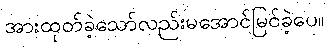
အားထုတ်ခဲ့သော်လည်းမအောင်မြင်ခဲ့ပေ။